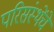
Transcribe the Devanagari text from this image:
परिसंस्थेंचे